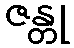
ဇန္တု